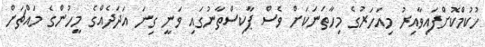
ހުކުމްކޮށްފައިވާއިރު މިއަހަރުގެ މިހާތަނަކަށް ވެސް ޕާކިސްތާނުގައި ވަނީ ގިނަ އަދަދެއްގެ މީހުންގެ މައްޗަށް